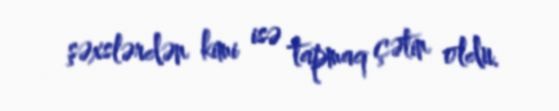
şəxslərdən kimi isə tapmaq çətin oldu.